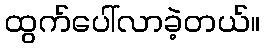
ထွက်ပေါ်လာခဲ့တယ်။